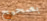
بصحيح